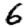
Digit: 6